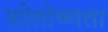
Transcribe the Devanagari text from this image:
शीतोष्णता